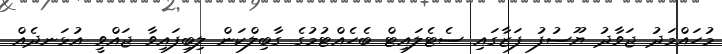
މުހައްމަދު ޖަވާދު ޔޫސުފު ފަޒާގައި ސެޓެލައިޓް ބެހެއްޓުމުގެ ގާބިލްކަން ލިބިފައިވާ ޖައްވީ އުޅަނދެއް